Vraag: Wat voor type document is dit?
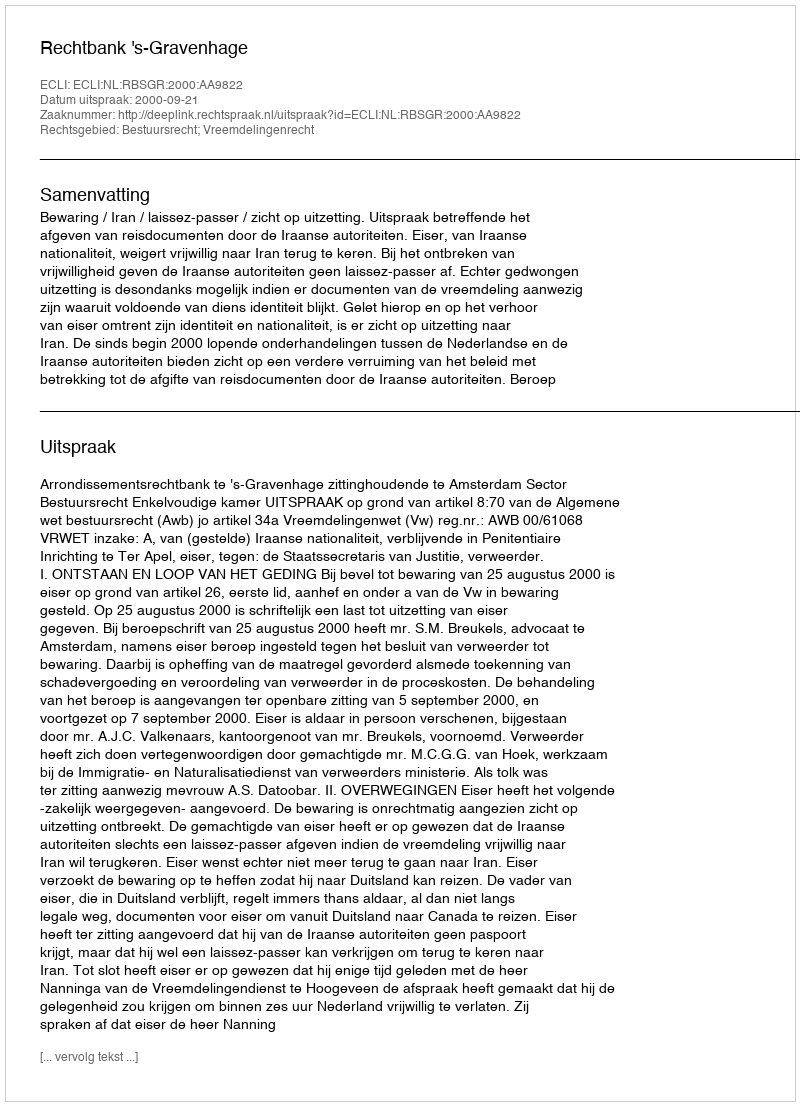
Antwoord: Uitspraak